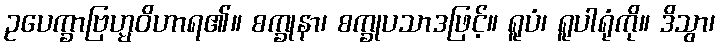
ဥပေက္ခာဗြဟ္မဝိဟာရ၏။ စက္ခုနာ၊ စက္ခုပသာဒဖြင့်။ ရူပံ၊ ရူပါရုံကို။ ဒိသွာ၊